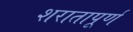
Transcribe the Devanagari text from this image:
शरातापूर्ण